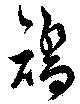
矯